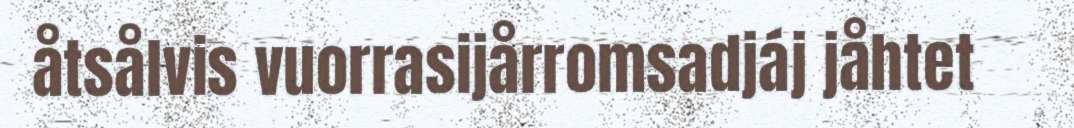
åtsålvis vuorrasijårromsadjáj jåhtet